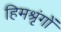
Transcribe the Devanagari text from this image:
हिमश्रृंगों